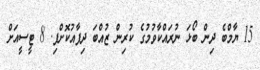
15 ޔާމްބެ ދިން ބޯޅަ ނުރައްކާވުމުގެ ކުރިން ޒުއްބަ ދިފާއުކޮށްފި. 8 ޓީސީއަށް